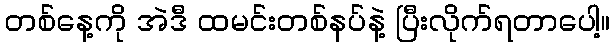
တစ်နေ့ကို အဲဒီ ထမင်းတစ်နပ်နဲ့ ပြီးလိုက်ရတာပေါ့။